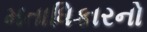
મતાધિકારનો